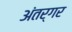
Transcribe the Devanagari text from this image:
अंतर्गर